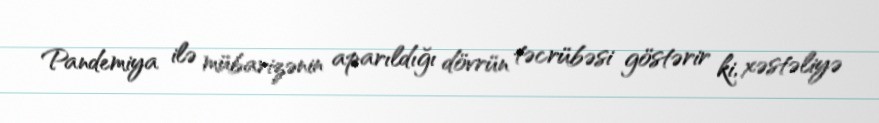
Pandemiya ilə mübarizənin aparıldığı dövrün təcrübəsi göstərir ki, xəstəliyə